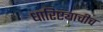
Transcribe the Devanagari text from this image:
धारिष्ट्याचीच